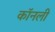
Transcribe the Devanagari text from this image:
कॉनली